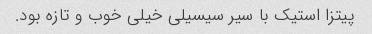
پیتزا استیک با سیر سیسیلی خیلی خوب و تازه بود.